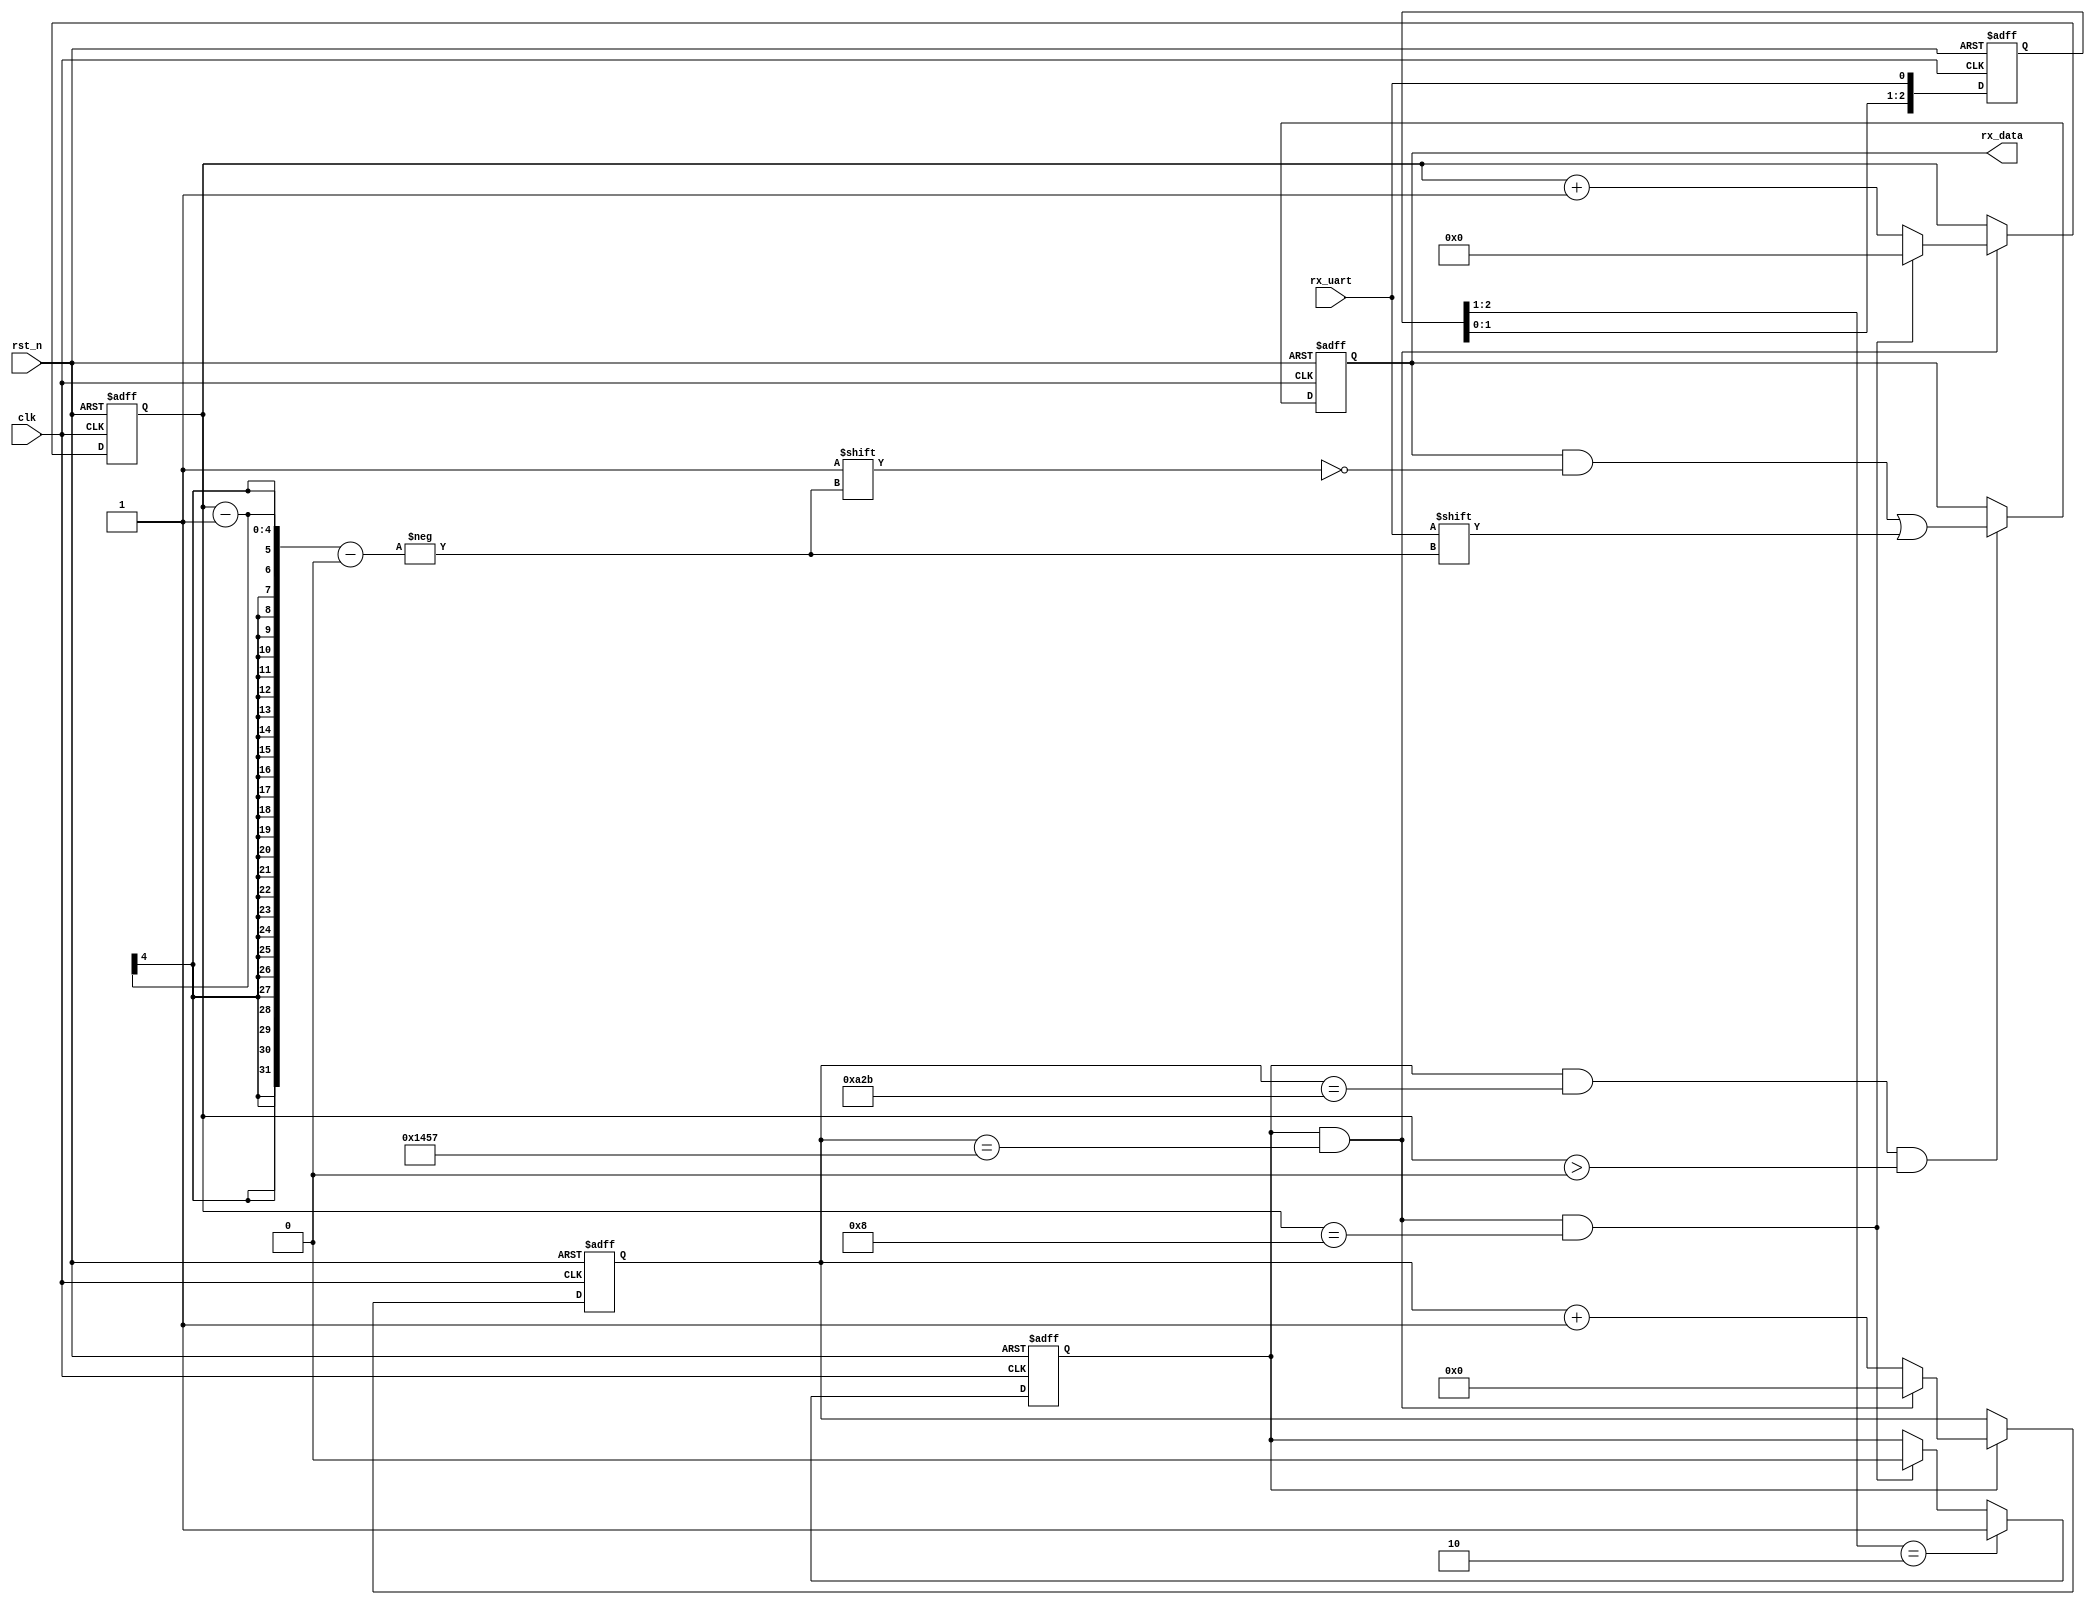
module uart_rx(
    clk     ,
    rst_n   ,
    rx_uart ,
    rx_data
);

parameter   DATA_R =    8;
parameter   DATA_0 =   13;
parameter   DATA_1 =    4;
input                               clk;
input                             rst_n;
input                           rx_uart;
output      [DATA_R-1:0]        rx_data;

reg         [DATA_R-1:0]        rx_data;

reg         [DATA_0-1:0]           cnt0;
wire                           add_cnt0;
wire                           end_cnt0;

reg         [DATA_1-1:0]       cnt1    ;
wire                           add_cnt1;
wire                           end_cnt1;

wire                              nedge;
reg								    flag_add;

//9600
always @(posedge clk or negedge rst_n)begin
    if(!rst_n)begin
        cnt0 <= 0;
    end
    else if(add_cnt0)begin
        if(end_cnt0)
            cnt0 <= 0;
        else
            cnt0 = cnt0 + 1'b1;
    end
end
assign add_cnt0 = flag_add;
assign end_cnt0 = add_cnt0 && cnt0 == 5208 - 1;

//9
always @(posedge clk or negedge rst_n)begin
    if(!rst_n)begin
        cnt1 <= 0;
    end
    else if(add_cnt1)begin
        if(end_cnt1)
            cnt1 <= 0;
        else
            cnt1 <= cnt1 + 1'b1;
    end
end
assign add_cnt1 = end_cnt0;
assign end_cnt1 = add_cnt1 && cnt1 == 9 - 1;



//D
//
reg[2:0]        uart_sync;
always @(posedge clk or negedge rst_n)begin
    if(!rst_n)begin
        uart_sync <= 3'b111;
    end
    else
        uart_sync <= {uart_sync[1:0],rx_uart};
end
assign nedge = uart_sync[2:1] == 2'b10;

//10flag_add
//flag_add
always @(posedge clk or negedge rst_n)begin
    if(!rst_n)begin
        flag_add <= 0;
    end
    else if(nedge)begin
        flag_add <= 1;
    end
    else if(end_cnt1)begin
        flag_add <= 0;
    end
end

//cnt1 == 00,1-8
always @(posedge clk or negedge rst_n)begin
    if(!rst_n)begin
        rx_data <= 8'h00;
    end
    else if (add_cnt0 && cnt0 == 5208/2 - 1 && cnt1 > 0) begin
        rx_data[cnt1 - 1] <= rx_uart;
    end
end

endmodule